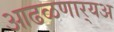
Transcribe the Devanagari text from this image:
आढळणार्‍यअ